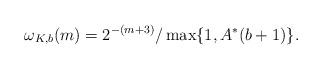
LaTeX: \begin{align*}\omega_{K,b}(m)=2^{-(m+3)}/\max\{1,A^*(b+1)\}.\end{align*}